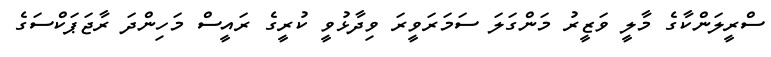
ސްރީލަންކާގެ މާލީ ވަޒީރު މަންގަލަ ސަމަރަވީރަ ވިދާޅުވީ ކުރީގެ ރައީސް މަހިންދަ ރާޖަޕަކްސަގެ